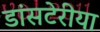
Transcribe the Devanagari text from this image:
डांसटेरीया